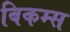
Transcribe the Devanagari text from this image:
बिकम्स